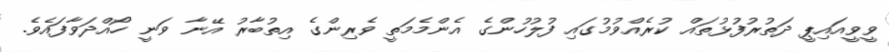
ވީވީއައިޕީ ދަތުރުފުޅުތައް ކުރެއްވުމުގައި ފުލުހުންގެ އެންމެމަތީ ވެރިންގެ އިތުބާރު އޭނާ ވަނީ ހޯއްދަވާފައެވެ.